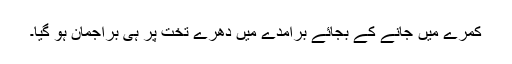
کمرے میں جانے کے بجائے برآمدے میں دھرے تخت پر ہی براجمان ہو گیا۔